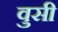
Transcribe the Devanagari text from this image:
वुसी